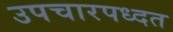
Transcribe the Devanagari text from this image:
उपचारपध्दत